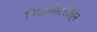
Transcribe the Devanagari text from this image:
विद्युतमोटरींतून